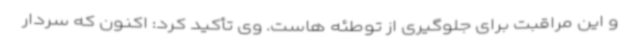
و این مراقبت برای جلوگیری از توطئه هاست. وی تأکید کرد: اکنون که سردار